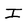
Character: I